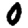
Digit: 0